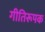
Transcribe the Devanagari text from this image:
गीतिरूपक